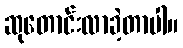
ဆုတောင်းလာခဲ့တာပါ။